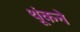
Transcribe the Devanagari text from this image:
थूंकने